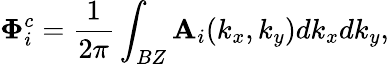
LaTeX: \mathbf{\Phi}_{i}^{c}=\frac{1}{2\pi}\int_{BZ}\mathbf{A}_{i}(k_{x},k_{y})dk_{x}dk_{y},